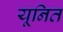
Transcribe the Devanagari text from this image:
यूनित